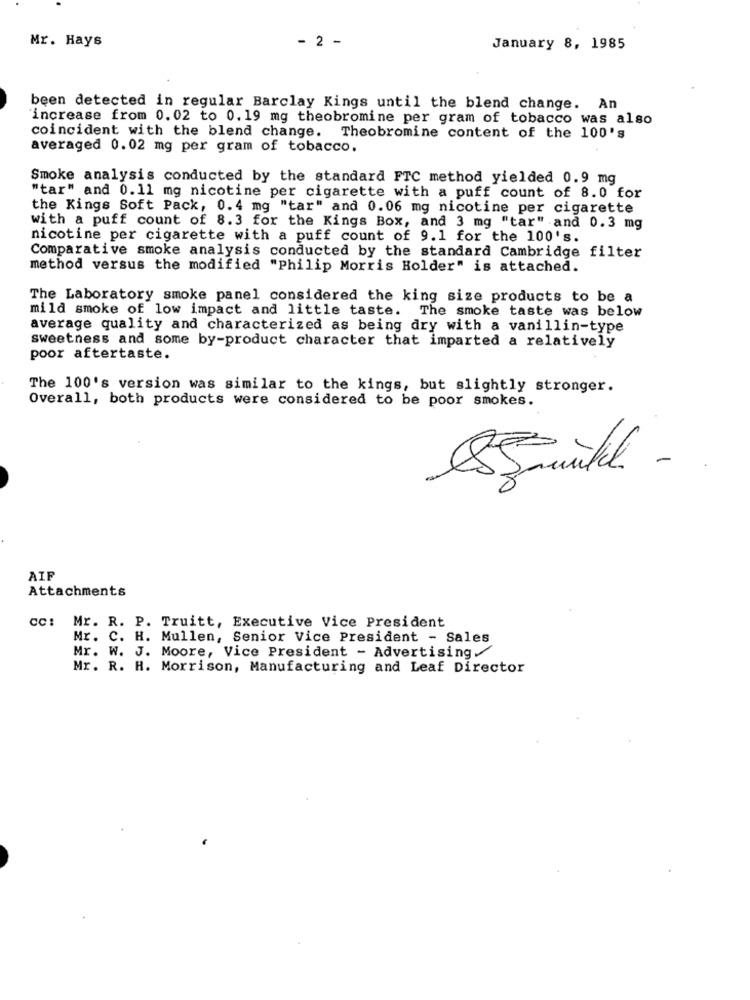
Mr. Hays
- 2 -
January 8, 1985
been detected in regular Barclay Kings until the blend change. An
increase from 0. 02 to 0.19 mg theobromine per gram of tobacco was also
coincident with the blend change.
Theobromine content of the 100's
averaged 0.02 mg per gram of tobacco.
Smoke analysis conducted by the standard FTC method yielded 0.9 mg
"tar" and 0.11 mg nicotine per cigarette with a puff count of 8.0 for
the Kings Soft Pack, 0.4 mg "tar" and 0.06 mg nicotine per cigarette
with a puff count of 8.3 for the Kings Box, and 3 mg "tar" and 0.3 mg
nicotine per cigarette with a puff count of 9.1 for the 100's.
Comparative smoke analysis conducted by the standard Cambridge filter
method versus the modified "Philip Morris Holder" is attached.
The Laboratory smoke panel considered the king size products to be a
mild smoke of low impact and little taste. The smoke taste was below
average quality and characterized as being dry with a vanillin-type
sweetness and some by-product character that imparted a relatively
poor aftertaste.
The 100's version was similar to the kings, but slightly stronger.
Overall, both products were considered to be poor smokes.
AIF
Attachments
cc: Mr. R. P. Truitt, Executive Vice President
Mr. C. H. Mullen, Senior Vice President - Sales
Mr. W. J. Moore, Vice President - Advertising
Mr. R. H. Morrison, Manufacturing and Leaf Director